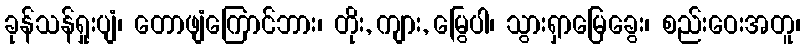
ခုန်သန်ရှုးပျံ၊ တောဖျံကြောင်ဘား၊ တိုး, ကျား, မြွေပါ၊ သွားရှာမြေခွေး၊ စည်းဝေးအတူ၊